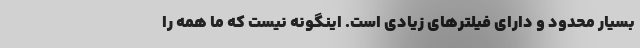
بسیار محدود و دارای فیلترهای زیادی است. اینگونه نیست كه ما همه را